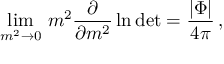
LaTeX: \operatorname * { l i m } _ { m ^ { 2 } \to 0 } \, m ^ { 2 } \frac { \partial } { \partial m ^ { 2 } } \ln \mathrm { d e t } = \frac { | \Phi | } { 4 \pi } \, ,